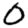
Digit: 0